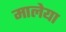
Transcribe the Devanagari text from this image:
मालेया